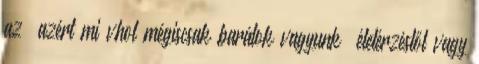
az “azért mi vhol mégiscsak barátok vagyunk” életérzéstől vagy